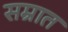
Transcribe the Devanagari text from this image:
सम्रात